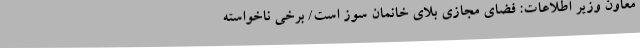
معاون وزیر اطلاعات: فضای مجازی بلای خانمان سوز است/ برخی ناخواسته